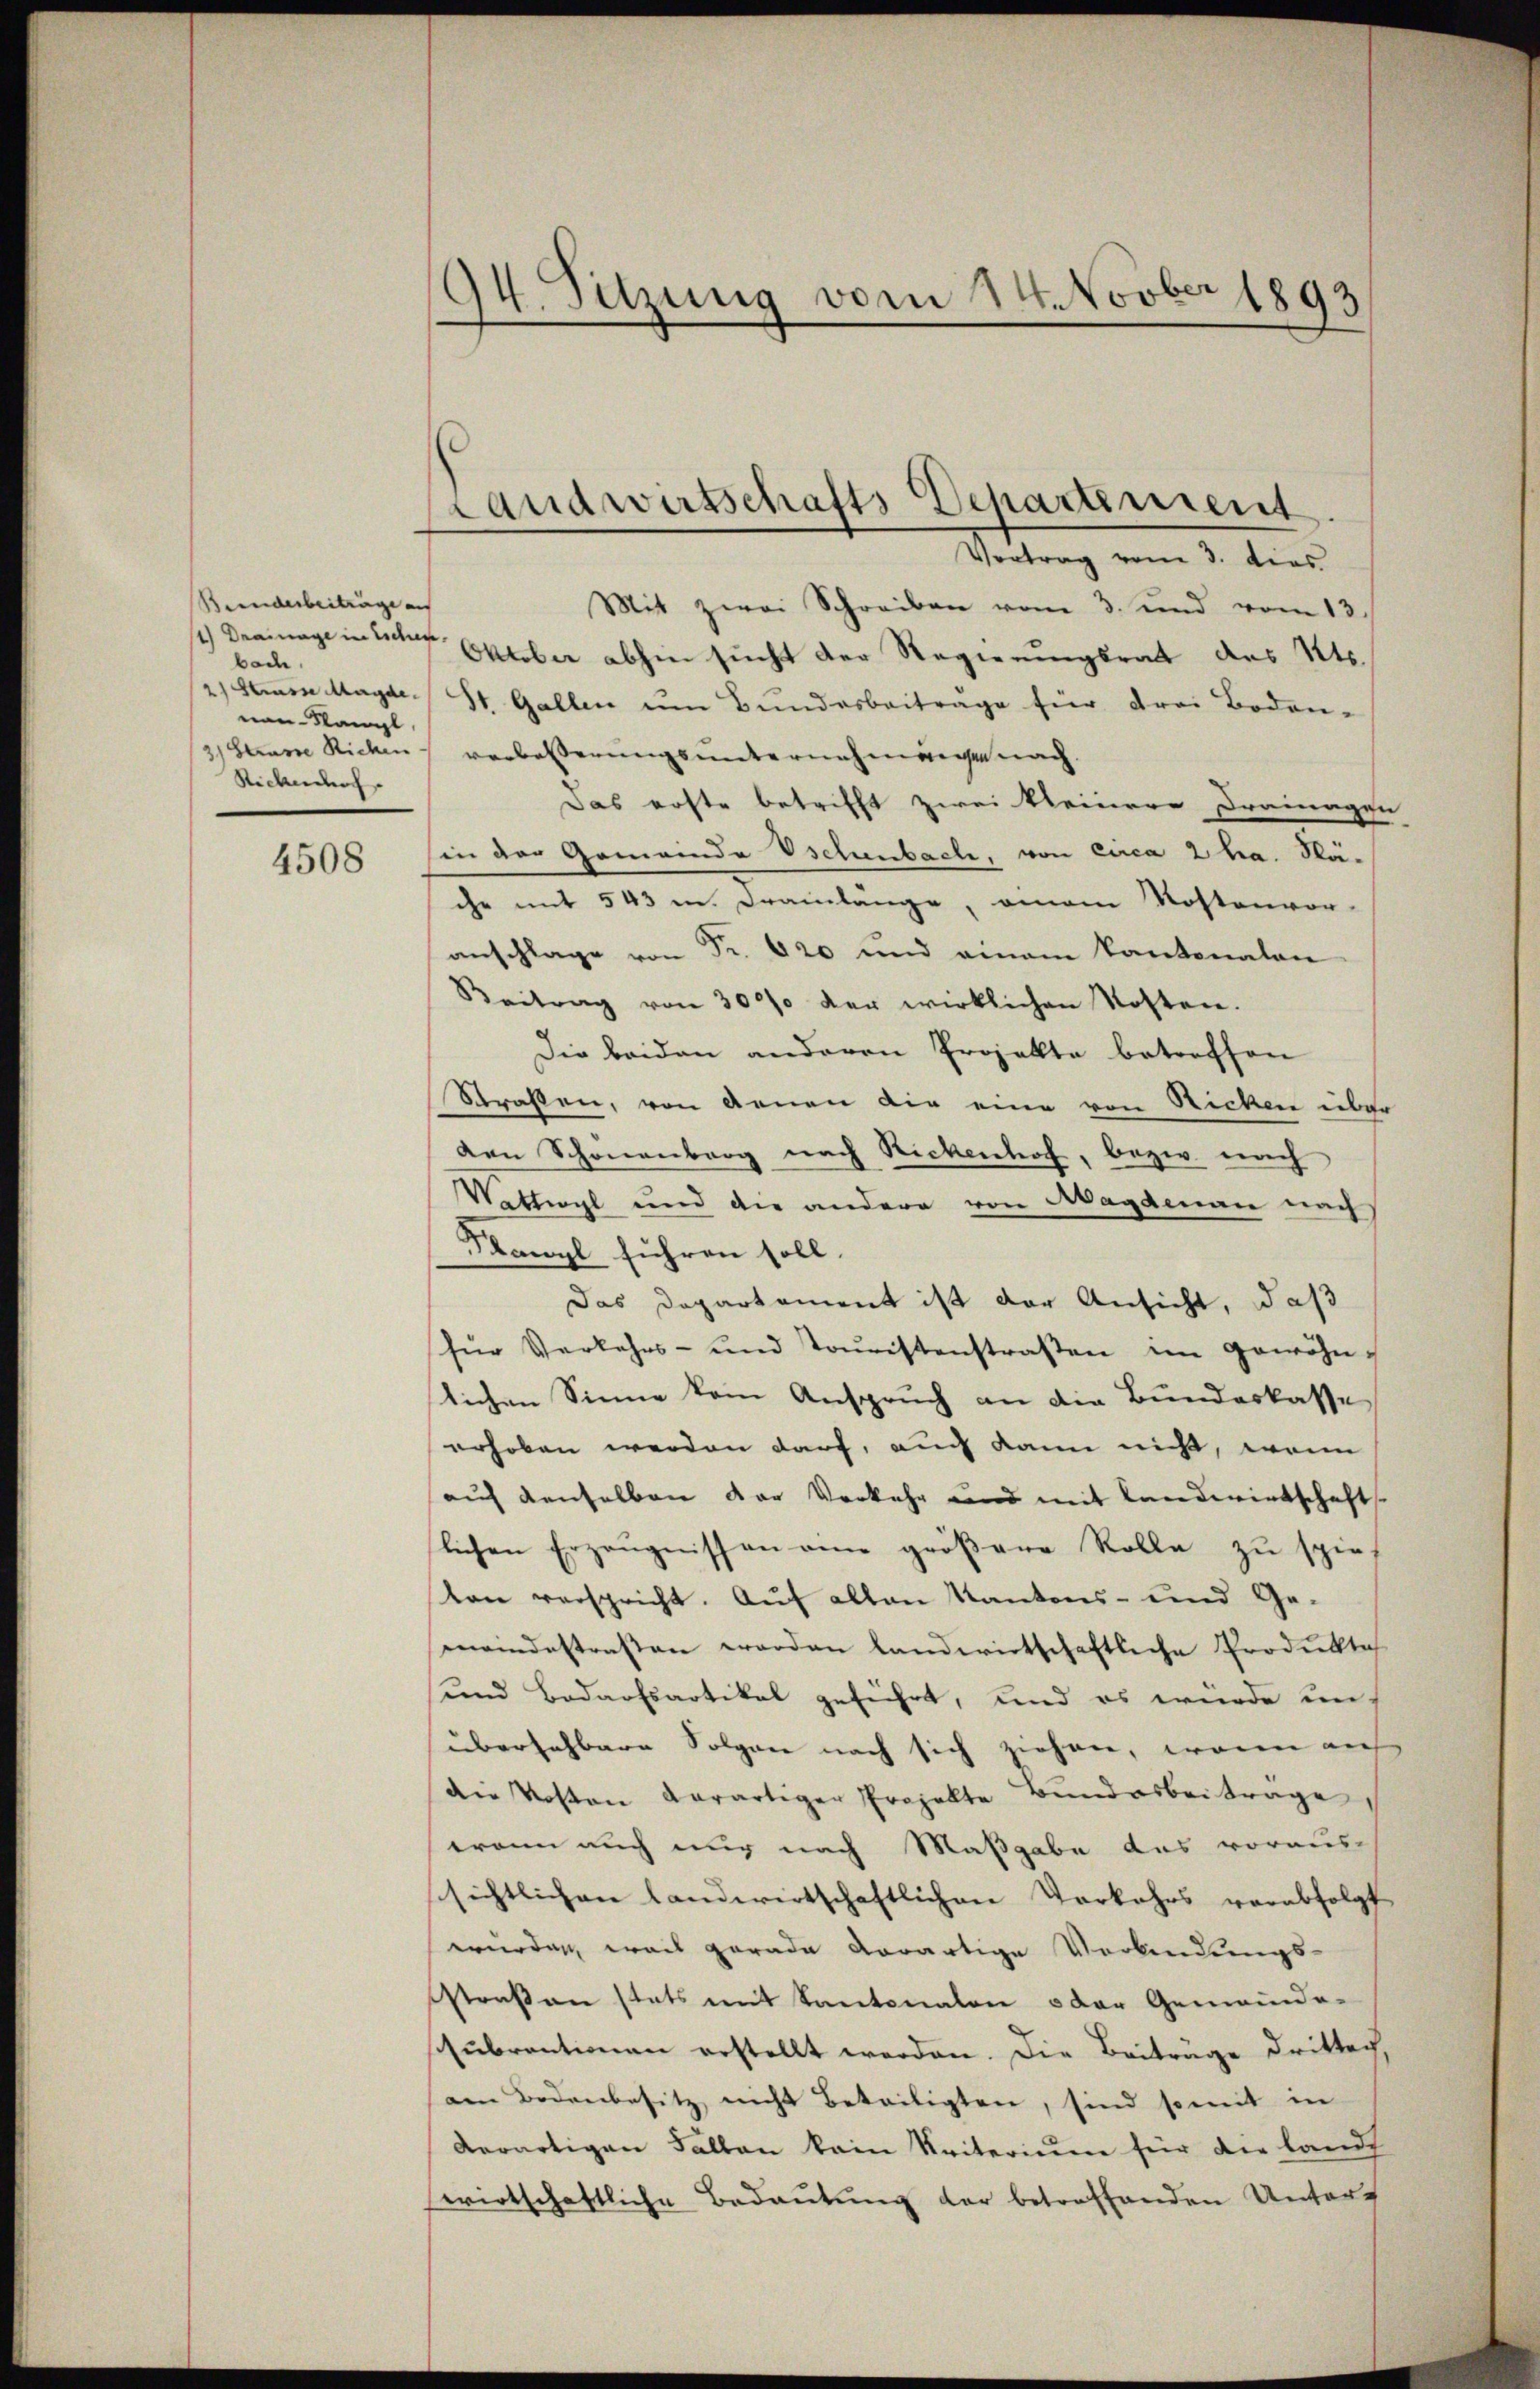
Beinderbeiträge aus
1) Drainage in Eschen,
bad.
21 Strasse Magde
non-Kanzl
3) Strasse Richen
Sticklich

4508

194. Setzung vom 14. Novber 1893

Handwirtschafts Departement
Vortrag vom 3. dies

Mit zwei Schreiben vom 3. und vom 13.
Oktober abhin sucht der Regierungsrath des Kts.
St. Gallen um Bundesbeiträge für drei Boden-
verbesserungsunternehmunge nach.
Das erste betrifft zwei kleinere Drainagen
in der Gemeinde Vschenbache, von circa 2 ha. Stäehe mit 543 m. Drainlange, einem Kostenvor-
anschlage von Fr. 620 und einem Kantonalen
Beitrag von 30000 der wirklichen Kosten.
Die beiden anderen Projekte betreffen
Straßen, von denen die eine von Ricken über
den Schönenberg nach Nickenhof, bezw. nach
Vettwyl und die andere von Magaran nach
Flawyl führen soll.
Das Departement ist der Ansicht, daß
für Verkehrs- und Toŭristenstraßen im gewöhn-
lichen Sinne kein Anspruch an die Bundeskasse
erhoben werden darf, auch kann nicht, wenn
auf denselben der Verkehr und mit Landwirtschafts-
lichen Erzeŭgnissen am gröβere Rolle zŭ spie
ton verspricht. Auf allen Kantons- und Gemeindestraßen worden landwirtschaftliche Produkte
und Bedarfsartikel geführt, und es wurde unübersehbare Folgen nach sich ziehen, wenn auf
die Kosten derartiger Projekte Bŭndarbeitrage
wann auch nur nach Maßgabe das voraus-
sichtlichen landwirtschaftlichen Verkehrs verabfolgt
wurden, weis gerade derartige Verbindungs-
straßen stets mit Kantonalen oder Gemeinde-
subrentionen erstellt werden. Die Beitrage dritten,
am Bodenbesitz nicht beteiligten, sind somit in
derartigen Fallen kein Kriterium für die landt
wirtschaftliche Bedeutung der betreffenden Unter-